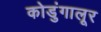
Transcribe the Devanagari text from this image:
कोडुंगालूर